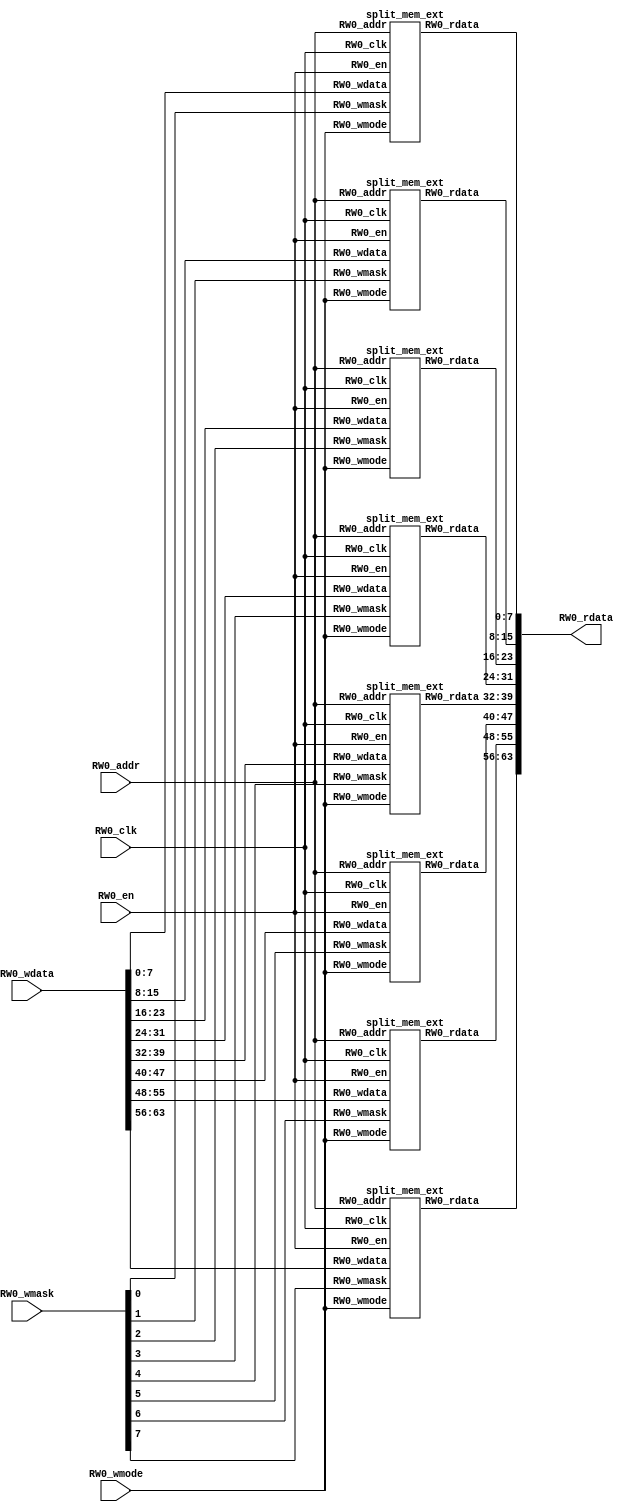
module mem_ext( // @[anonymous source 2:2]
  input  [8:0]  RW0_addr, // @[anonymous source 3:4]
  input         RW0_clk, // @[anonymous source 4:4]
  input  [63:0] RW0_wdata, // @[anonymous source 5:4]
  output [63:0] RW0_rdata, // @[anonymous source 6:4]
  input         RW0_en, // @[anonymous source 7:4]
  input         RW0_wmode, // @[anonymous source 8:4]
  input  [7:0]  RW0_wmask // @[anonymous source 9:4]
);
  wire [8:0] mem_0_0_RW0_addr; // @[anonymous source 11:4]
  wire  mem_0_0_RW0_clk; // @[anonymous source 11:4]
  wire [7:0] mem_0_0_RW0_wdata; // @[anonymous source 11:4]
  wire [7:0] mem_0_0_RW0_rdata; // @[anonymous source 11:4]
  wire  mem_0_0_RW0_en; // @[anonymous source 11:4]
  wire  mem_0_0_RW0_wmode; // @[anonymous source 11:4]
  wire  mem_0_0_RW0_wmask; // @[anonymous source 11:4]
  wire [8:0] mem_0_1_RW0_addr; // @[anonymous source 12:4]
  wire  mem_0_1_RW0_clk; // @[anonymous source 12:4]
  wire [7:0] mem_0_1_RW0_wdata; // @[anonymous source 12:4]
  wire [7:0] mem_0_1_RW0_rdata; // @[anonymous source 12:4]
  wire  mem_0_1_RW0_en; // @[anonymous source 12:4]
  wire  mem_0_1_RW0_wmode; // @[anonymous source 12:4]
  wire  mem_0_1_RW0_wmask; // @[anonymous source 12:4]
  wire [8:0] mem_0_2_RW0_addr; // @[anonymous source 13:4]
  wire  mem_0_2_RW0_clk; // @[anonymous source 13:4]
  wire [7:0] mem_0_2_RW0_wdata; // @[anonymous source 13:4]
  wire [7:0] mem_0_2_RW0_rdata; // @[anonymous source 13:4]
  wire  mem_0_2_RW0_en; // @[anonymous source 13:4]
  wire  mem_0_2_RW0_wmode; // @[anonymous source 13:4]
  wire  mem_0_2_RW0_wmask; // @[anonymous source 13:4]
  wire [8:0] mem_0_3_RW0_addr; // @[anonymous source 14:4]
  wire  mem_0_3_RW0_clk; // @[anonymous source 14:4]
  wire [7:0] mem_0_3_RW0_wdata; // @[anonymous source 14:4]
  wire [7:0] mem_0_3_RW0_rdata; // @[anonymous source 14:4]
  wire  mem_0_3_RW0_en; // @[anonymous source 14:4]
  wire  mem_0_3_RW0_wmode; // @[anonymous source 14:4]
  wire  mem_0_3_RW0_wmask; // @[anonymous source 14:4]
  wire [8:0] mem_0_4_RW0_addr; // @[anonymous source 15:4]
  wire  mem_0_4_RW0_clk; // @[anonymous source 15:4]
  wire [7:0] mem_0_4_RW0_wdata; // @[anonymous source 15:4]
  wire [7:0] mem_0_4_RW0_rdata; // @[anonymous source 15:4]
  wire  mem_0_4_RW0_en; // @[anonymous source 15:4]
  wire  mem_0_4_RW0_wmode; // @[anonymous source 15:4]
  wire  mem_0_4_RW0_wmask; // @[anonymous source 15:4]
  wire [8:0] mem_0_5_RW0_addr; // @[anonymous source 16:4]
  wire  mem_0_5_RW0_clk; // @[anonymous source 16:4]
  wire [7:0] mem_0_5_RW0_wdata; // @[anonymous source 16:4]
  wire [7:0] mem_0_5_RW0_rdata; // @[anonymous source 16:4]
  wire  mem_0_5_RW0_en; // @[anonymous source 16:4]
  wire  mem_0_5_RW0_wmode; // @[anonymous source 16:4]
  wire  mem_0_5_RW0_wmask; // @[anonymous source 16:4]
  wire [8:0] mem_0_6_RW0_addr; // @[anonymous source 17:4]
  wire  mem_0_6_RW0_clk; // @[anonymous source 17:4]
  wire [7:0] mem_0_6_RW0_wdata; // @[anonymous source 17:4]
  wire [7:0] mem_0_6_RW0_rdata; // @[anonymous source 17:4]
  wire  mem_0_6_RW0_en; // @[anonymous source 17:4]
  wire  mem_0_6_RW0_wmode; // @[anonymous source 17:4]
  wire  mem_0_6_RW0_wmask; // @[anonymous source 17:4]
  wire [8:0] mem_0_7_RW0_addr; // @[anonymous source 18:4]
  wire  mem_0_7_RW0_clk; // @[anonymous source 18:4]
  wire [7:0] mem_0_7_RW0_wdata; // @[anonymous source 18:4]
  wire [7:0] mem_0_7_RW0_rdata; // @[anonymous source 18:4]
  wire  mem_0_7_RW0_en; // @[anonymous source 18:4]
  wire  mem_0_7_RW0_wmode; // @[anonymous source 18:4]
  wire  mem_0_7_RW0_wmask; // @[anonymous source 18:4]
  wire [7:0] RW0_rdata_0_0 = mem_0_0_RW0_rdata; // @[anonymous source 21:4]
  wire [7:0] RW0_rdata_0_1 = mem_0_1_RW0_rdata; // @[anonymous source 28:4]
  wire [7:0] RW0_rdata_0_2 = mem_0_2_RW0_rdata; // @[anonymous source 35:4]
  wire [7:0] RW0_rdata_0_3 = mem_0_3_RW0_rdata; // @[anonymous source 42:4]
  wire [7:0] RW0_rdata_0_4 = mem_0_4_RW0_rdata; // @[anonymous source 49:4]
  wire [7:0] RW0_rdata_0_5 = mem_0_5_RW0_rdata; // @[anonymous source 56:4]
  wire [7:0] RW0_rdata_0_6 = mem_0_6_RW0_rdata; // @[anonymous source 63:4]
  wire [7:0] RW0_rdata_0_7 = mem_0_7_RW0_rdata; // @[anonymous source 70:4]
  wire [15:0] _GEN_0 = {RW0_rdata_0_1,RW0_rdata_0_0}; // @[anonymous source 75:4]
  wire [23:0] _GEN_1 = {RW0_rdata_0_2,RW0_rdata_0_1,RW0_rdata_0_0}; // @[anonymous source 75:4]
  wire [31:0] _GEN_2 = {RW0_rdata_0_3,RW0_rdata_0_2,RW0_rdata_0_1,RW0_rdata_0_0}; // @[anonymous source 75:4]
  wire [39:0] _GEN_3 = {RW0_rdata_0_4,RW0_rdata_0_3,RW0_rdata_0_2,RW0_rdata_0_1,RW0_rdata_0_0}; // @[anonymous source 75:4]
  wire [47:0] _GEN_4 = {RW0_rdata_0_5,RW0_rdata_0_4,RW0_rdata_0_3,RW0_rdata_0_2,RW0_rdata_0_1,RW0_rdata_0_0}; // @[anonymous source 75:4]
  wire [55:0] _GEN_5 = {RW0_rdata_0_6,RW0_rdata_0_5,RW0_rdata_0_4,RW0_rdata_0_3,RW0_rdata_0_2,RW0_rdata_0_1,
    RW0_rdata_0_0}; // @[anonymous source 75:4]
  wire [63:0] RW0_rdata_0 = {RW0_rdata_0_7,RW0_rdata_0_6,RW0_rdata_0_5,RW0_rdata_0_4,RW0_rdata_0_3,RW0_rdata_0_2,
    RW0_rdata_0_1,RW0_rdata_0_0}; // @[anonymous source 75:4]
  wire [15:0] _GEN_6 = {RW0_rdata_0_1,RW0_rdata_0_0}; // @[anonymous source 75:4]
  wire [23:0] _GEN_7 = {RW0_rdata_0_2,RW0_rdata_0_1,RW0_rdata_0_0}; // @[anonymous source 75:4]
  wire [31:0] _GEN_8 = {RW0_rdata_0_3,RW0_rdata_0_2,RW0_rdata_0_1,RW0_rdata_0_0}; // @[anonymous source 75:4]
  wire [39:0] _GEN_9 = {RW0_rdata_0_4,RW0_rdata_0_3,RW0_rdata_0_2,RW0_rdata_0_1,RW0_rdata_0_0}; // @[anonymous source 75:4]
  wire [47:0] _GEN_10 = {RW0_rdata_0_5,RW0_rdata_0_4,RW0_rdata_0_3,RW0_rdata_0_2,RW0_rdata_0_1,RW0_rdata_0_0}; // @[anonymous source 75:4]
  wire [55:0] _GEN_11 = {RW0_rdata_0_6,RW0_rdata_0_5,RW0_rdata_0_4,RW0_rdata_0_3,RW0_rdata_0_2,RW0_rdata_0_1,
    RW0_rdata_0_0}; // @[anonymous source 75:4]
  split_mem_ext mem_0_0 ( // @[anonymous source 11:4]
    .RW0_addr(mem_0_0_RW0_addr),
    .RW0_clk(mem_0_0_RW0_clk),
    .RW0_wdata(mem_0_0_RW0_wdata),
    .RW0_rdata(mem_0_0_RW0_rdata),
    .RW0_en(mem_0_0_RW0_en),
    .RW0_wmode(mem_0_0_RW0_wmode),
    .RW0_wmask(mem_0_0_RW0_wmask)
  );
  split_mem_ext mem_0_1 ( // @[anonymous source 12:4]
    .RW0_addr(mem_0_1_RW0_addr),
    .RW0_clk(mem_0_1_RW0_clk),
    .RW0_wdata(mem_0_1_RW0_wdata),
    .RW0_rdata(mem_0_1_RW0_rdata),
    .RW0_en(mem_0_1_RW0_en),
    .RW0_wmode(mem_0_1_RW0_wmode),
    .RW0_wmask(mem_0_1_RW0_wmask)
  );
  split_mem_ext mem_0_2 ( // @[anonymous source 13:4]
    .RW0_addr(mem_0_2_RW0_addr),
    .RW0_clk(mem_0_2_RW0_clk),
    .RW0_wdata(mem_0_2_RW0_wdata),
    .RW0_rdata(mem_0_2_RW0_rdata),
    .RW0_en(mem_0_2_RW0_en),
    .RW0_wmode(mem_0_2_RW0_wmode),
    .RW0_wmask(mem_0_2_RW0_wmask)
  );
  split_mem_ext mem_0_3 ( // @[anonymous source 14:4]
    .RW0_addr(mem_0_3_RW0_addr),
    .RW0_clk(mem_0_3_RW0_clk),
    .RW0_wdata(mem_0_3_RW0_wdata),
    .RW0_rdata(mem_0_3_RW0_rdata),
    .RW0_en(mem_0_3_RW0_en),
    .RW0_wmode(mem_0_3_RW0_wmode),
    .RW0_wmask(mem_0_3_RW0_wmask)
  );
  split_mem_ext mem_0_4 ( // @[anonymous source 15:4]
    .RW0_addr(mem_0_4_RW0_addr),
    .RW0_clk(mem_0_4_RW0_clk),
    .RW0_wdata(mem_0_4_RW0_wdata),
    .RW0_rdata(mem_0_4_RW0_rdata),
    .RW0_en(mem_0_4_RW0_en),
    .RW0_wmode(mem_0_4_RW0_wmode),
    .RW0_wmask(mem_0_4_RW0_wmask)
  );
  split_mem_ext mem_0_5 ( // @[anonymous source 16:4]
    .RW0_addr(mem_0_5_RW0_addr),
    .RW0_clk(mem_0_5_RW0_clk),
    .RW0_wdata(mem_0_5_RW0_wdata),
    .RW0_rdata(mem_0_5_RW0_rdata),
    .RW0_en(mem_0_5_RW0_en),
    .RW0_wmode(mem_0_5_RW0_wmode),
    .RW0_wmask(mem_0_5_RW0_wmask)
  );
  split_mem_ext mem_0_6 ( // @[anonymous source 17:4]
    .RW0_addr(mem_0_6_RW0_addr),
    .RW0_clk(mem_0_6_RW0_clk),
    .RW0_wdata(mem_0_6_RW0_wdata),
    .RW0_rdata(mem_0_6_RW0_rdata),
    .RW0_en(mem_0_6_RW0_en),
    .RW0_wmode(mem_0_6_RW0_wmode),
    .RW0_wmask(mem_0_6_RW0_wmask)
  );
  split_mem_ext mem_0_7 ( // @[anonymous source 18:4]
    .RW0_addr(mem_0_7_RW0_addr),
    .RW0_clk(mem_0_7_RW0_clk),
    .RW0_wdata(mem_0_7_RW0_wdata),
    .RW0_rdata(mem_0_7_RW0_rdata),
    .RW0_en(mem_0_7_RW0_en),
    .RW0_wmode(mem_0_7_RW0_wmode),
    .RW0_wmask(mem_0_7_RW0_wmask)
  );
  assign RW0_rdata = {RW0_rdata_0_7,_GEN_5}; // @[anonymous source 75:4]
  assign mem_0_0_RW0_addr = RW0_addr; // @[anonymous source 20:4]
  assign mem_0_0_RW0_clk = RW0_clk; // @[anonymous source 19:4]
  assign mem_0_0_RW0_wdata = RW0_wdata[7:0]; // @[anonymous source 22:4]
  assign mem_0_0_RW0_en = RW0_en; // @[anonymous source 25:4]
  assign mem_0_0_RW0_wmode = RW0_wmode; // @[anonymous source 24:4]
  assign mem_0_0_RW0_wmask = RW0_wmask[0]; // @[anonymous source 23:4]
  assign mem_0_1_RW0_addr = RW0_addr; // @[anonymous source 27:4]
  assign mem_0_1_RW0_clk = RW0_clk; // @[anonymous source 26:4]
  assign mem_0_1_RW0_wdata = RW0_wdata[15:8]; // @[anonymous source 29:4]
  assign mem_0_1_RW0_en = RW0_en; // @[anonymous source 32:4]
  assign mem_0_1_RW0_wmode = RW0_wmode; // @[anonymous source 31:4]
  assign mem_0_1_RW0_wmask = RW0_wmask[1]; // @[anonymous source 30:4]
  assign mem_0_2_RW0_addr = RW0_addr; // @[anonymous source 34:4]
  assign mem_0_2_RW0_clk = RW0_clk; // @[anonymous source 33:4]
  assign mem_0_2_RW0_wdata = RW0_wdata[23:16]; // @[anonymous source 36:4]
  assign mem_0_2_RW0_en = RW0_en; // @[anonymous source 39:4]
  assign mem_0_2_RW0_wmode = RW0_wmode; // @[anonymous source 38:4]
  assign mem_0_2_RW0_wmask = RW0_wmask[2]; // @[anonymous source 37:4]
  assign mem_0_3_RW0_addr = RW0_addr; // @[anonymous source 41:4]
  assign mem_0_3_RW0_clk = RW0_clk; // @[anonymous source 40:4]
  assign mem_0_3_RW0_wdata = RW0_wdata[31:24]; // @[anonymous source 43:4]
  assign mem_0_3_RW0_en = RW0_en; // @[anonymous source 46:4]
  assign mem_0_3_RW0_wmode = RW0_wmode; // @[anonymous source 45:4]
  assign mem_0_3_RW0_wmask = RW0_wmask[3]; // @[anonymous source 44:4]
  assign mem_0_4_RW0_addr = RW0_addr; // @[anonymous source 48:4]
  assign mem_0_4_RW0_clk = RW0_clk; // @[anonymous source 47:4]
  assign mem_0_4_RW0_wdata = RW0_wdata[39:32]; // @[anonymous source 50:4]
  assign mem_0_4_RW0_en = RW0_en; // @[anonymous source 53:4]
  assign mem_0_4_RW0_wmode = RW0_wmode; // @[anonymous source 52:4]
  assign mem_0_4_RW0_wmask = RW0_wmask[4]; // @[anonymous source 51:4]
  assign mem_0_5_RW0_addr = RW0_addr; // @[anonymous source 55:4]
  assign mem_0_5_RW0_clk = RW0_clk; // @[anonymous source 54:4]
  assign mem_0_5_RW0_wdata = RW0_wdata[47:40]; // @[anonymous source 57:4]
  assign mem_0_5_RW0_en = RW0_en; // @[anonymous source 60:4]
  assign mem_0_5_RW0_wmode = RW0_wmode; // @[anonymous source 59:4]
  assign mem_0_5_RW0_wmask = RW0_wmask[5]; // @[anonymous source 58:4]
  assign mem_0_6_RW0_addr = RW0_addr; // @[anonymous source 62:4]
  assign mem_0_6_RW0_clk = RW0_clk; // @[anonymous source 61:4]
  assign mem_0_6_RW0_wdata = RW0_wdata[55:48]; // @[anonymous source 64:4]
  assign mem_0_6_RW0_en = RW0_en; // @[anonymous source 67:4]
  assign mem_0_6_RW0_wmode = RW0_wmode; // @[anonymous source 66:4]
  assign mem_0_6_RW0_wmask = RW0_wmask[6]; // @[anonymous source 65:4]
  assign mem_0_7_RW0_addr = RW0_addr; // @[anonymous source 69:4]
  assign mem_0_7_RW0_clk = RW0_clk; // @[anonymous source 68:4]
  assign mem_0_7_RW0_wdata = RW0_wdata[63:56]; // @[anonymous source 71:4]
  assign mem_0_7_RW0_en = RW0_en; // @[anonymous source 74:4]
  assign mem_0_7_RW0_wmode = RW0_wmode; // @[anonymous source 73:4]
  assign mem_0_7_RW0_wmask = RW0_wmask[7]; // @[anonymous source 72:4]
endmodule
module split_mem_ext( // @[anonymous source 78:2]
  input  [8:0] RW0_addr, // @[anonymous source 79:4]
  input        RW0_clk, // @[anonymous source 80:4]
  input  [7:0] RW0_wdata, // @[anonymous source 81:4]
  output [7:0] RW0_rdata, // @[anonymous source 82:4]
  input        RW0_en, // @[anonymous source 83:4]
  input        RW0_wmode, // @[anonymous source 84:4]
  input        RW0_wmask // @[anonymous source 85:4]
);
`ifdef RANDOMIZE_MEM_INIT
  reg [31:0] _RAND_0;
`endif // RANDOMIZE_MEM_INIT
`ifdef RANDOMIZE_REG_INIT
  reg [31:0] _RAND_1;
  reg [31:0] _RAND_2;
`endif // RANDOMIZE_REG_INIT
  reg [7:0] ram [0:511]; // @[anonymous source 87:4]
  wire [7:0] ram_RW_0_r_data; // @[anonymous source 87:4]
  wire [8:0] ram_RW_0_r_addr; // @[anonymous source 87:4]
  wire [7:0] ram_RW_0_w_data; // @[anonymous source 87:4]
  wire [8:0] ram_RW_0_w_addr; // @[anonymous source 87:4]
  wire  ram_RW_0_w_mask; // @[anonymous source 87:4]
  wire  ram_RW_0_w_en; // @[anonymous source 87:4]
  reg  ram_RW_0_r_en_pipe_0;
  reg [8:0] ram_RW_0_r_addr_pipe_0;
  wire  _GEN_0 = ~RW0_wmode;
  wire  _GEN_1 = ~RW0_wmode;
  assign ram_RW_0_r_addr = ram_RW_0_r_addr_pipe_0;
  assign ram_RW_0_r_data = ram[ram_RW_0_r_addr]; // @[anonymous source 87:4]
  assign ram_RW_0_w_data = RW0_wdata;
  assign ram_RW_0_w_addr = RW0_addr;
  assign ram_RW_0_w_mask = RW0_wmask;
  assign ram_RW_0_w_en = RW0_en & RW0_wmode;
  assign RW0_rdata = ram_RW_0_r_data; // @[anonymous source 99:4]
  always @(posedge RW0_clk) begin
    if(ram_RW_0_w_en & ram_RW_0_w_mask) begin
      ram[ram_RW_0_w_addr] <= ram_RW_0_w_data; // @[anonymous source 87:4]
    end
    ram_RW_0_r_en_pipe_0 <= RW0_en & ~RW0_wmode;
    if (RW0_en & ~RW0_wmode) begin
      ram_RW_0_r_addr_pipe_0 <= RW0_addr;
    end
  end
// Register and memory initialization
`ifdef RANDOMIZE_GARBAGE_ASSIGN
`define RANDOMIZE
`endif
`ifdef RANDOMIZE_INVALID_ASSIGN
`define RANDOMIZE
`endif
`ifdef RANDOMIZE_REG_INIT
`define RANDOMIZE
`endif
`ifdef RANDOMIZE_MEM_INIT
`define RANDOMIZE
`endif
`ifndef RANDOM
`define RANDOM $random
`endif
`ifdef RANDOMIZE_MEM_INIT
  integer initvar;
`endif
`ifndef SYNTHESIS
`ifdef FIRRTL_BEFORE_INITIAL
`FIRRTL_BEFORE_INITIAL
`endif
initial begin
  `ifdef RANDOMIZE
    `ifdef INIT_RANDOM
      `INIT_RANDOM
    `endif
    `ifndef VERILATOR
      `ifdef RANDOMIZE_DELAY
        #`RANDOMIZE_DELAY begin end
      `else
        #0.002 begin end
      `endif
    `endif
`ifdef RANDOMIZE_MEM_INIT
  _RAND_0 = {1{`RANDOM}};
  for (initvar = 0; initvar < 512; initvar = initvar+1)
    ram[initvar] = _RAND_0[7:0];
`endif // RANDOMIZE_MEM_INIT
`ifdef RANDOMIZE_REG_INIT
  _RAND_1 = {1{`RANDOM}};
  ram_RW_0_r_en_pipe_0 = _RAND_1[0:0];
  _RAND_2 = {1{`RANDOM}};
  ram_RW_0_r_addr_pipe_0 = _RAND_2[8:0];
`endif // RANDOMIZE_REG_INIT
  `endif // RANDOMIZE
end // initial
`ifdef FIRRTL_AFTER_INITIAL
`FIRRTL_AFTER_INITIAL
`endif
`endif // SYNTHESIS
endmodule